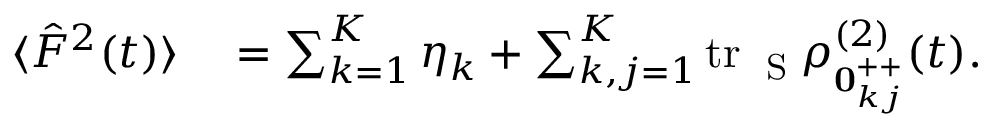
\begin{array} { r l } { \langle \hat { F } ^ { 2 } ( t ) \rangle } & { { } = \sum _ { k = 1 } ^ { K } \eta _ { k } + \sum _ { k , j = 1 } ^ { K } \mathrm { t r } _ { \mathrm { ~ \tiny ~ S ~ } } \rho _ { { \bf 0 } _ { k j } ^ { + + } } ^ { ( 2 ) } ( t ) . } \end{array}